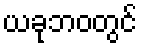
ယခုဘဝတွင်